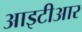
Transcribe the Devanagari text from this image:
आइटीआर